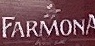
FARMON